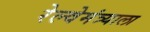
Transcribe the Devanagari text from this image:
रेल्वेमंत्र्याला